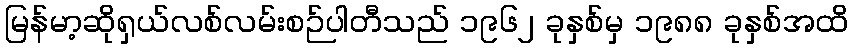
မြန်မာ့ဆိုရှယ်လစ်လမ်းစဉ်ပါတီသည် ၁၉၆၂ ခုနှစ်မှ ၁၉၈၈ ခုနှစ်အထိ